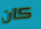
كان